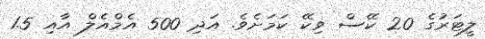
ލީޓަރުގެ 20 ކޭސް ވިކޭ ކަމަށެވެ. އަދި 500 އެމްއެލް އާއި 1.5